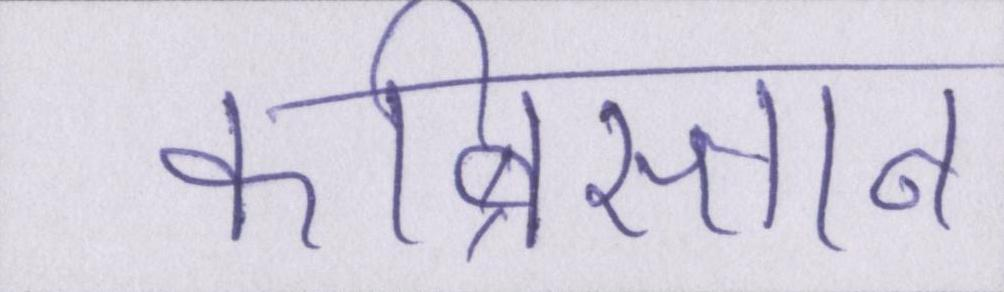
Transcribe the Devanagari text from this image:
कब्रिस्तान